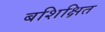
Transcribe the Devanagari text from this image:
बशिक्षित